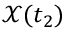
\mathcal { X } ( t _ { 2 } )